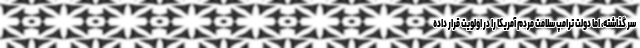
سر گذاشته، اما دولت ترامپ سلامت مردم آمریکا را در اولویت قرار داده